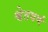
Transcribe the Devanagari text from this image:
श्वेतवर्णं